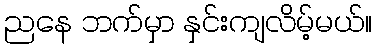
ညနေ ဘက်မှာ နှင်းကျလိမ့်မယ်။